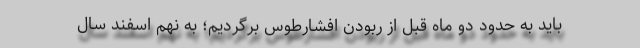
باید به حدود دو ماه قبل از ربودن افشارطوس برگردیم؛ به نهم اسفند سال